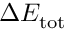
\Delta E _ { \mathrm { t o t } }